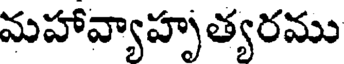
మహావ్యాహృత్యరము